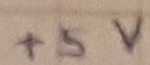
Text: +5V